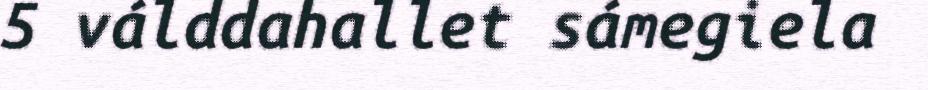
5 válddahallet sámegiela